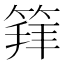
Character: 𥯟